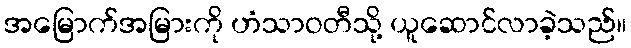
အမြောက်အမြားကို ဟံသာဝတီသို့ ယူဆောင်လာခဲ့သည်။